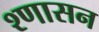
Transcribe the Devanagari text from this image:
श्णासन